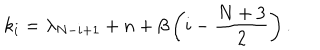
k _ { i } = \lambda _ { N - i + 1 } + n + \beta \left( i - \frac { N + 3 } { 2 } \right) .